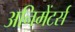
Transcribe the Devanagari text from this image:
अनिमेंटर्स